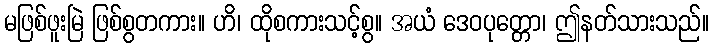
မဖြစ်ဖူးမြဲ ဖြစ်စွတကား။ ဟိ၊ ထိုစကားသင့်စွ။ အယံ ဒေဝပုတ္တော၊ ဤနတ်သားသည်။